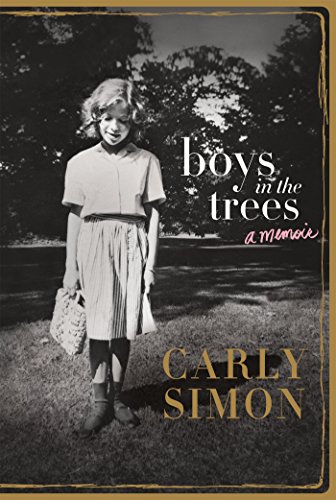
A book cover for Boys in the Trees: A Memoir; Carly Simon; Humor & Entertainment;